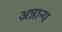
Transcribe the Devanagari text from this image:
अन्नान्य